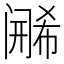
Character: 𬮶